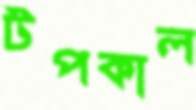
টপকাল